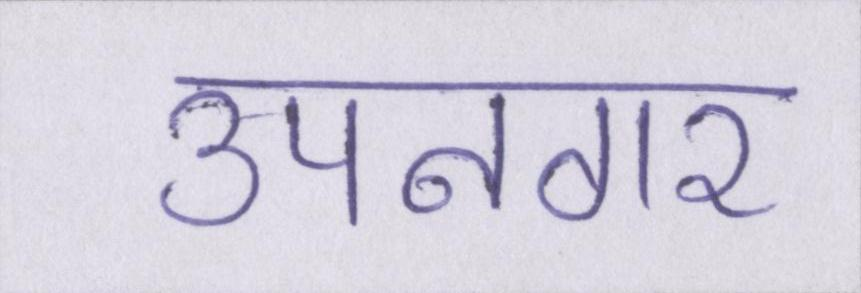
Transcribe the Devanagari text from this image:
उपनगर